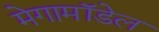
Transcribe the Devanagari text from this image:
मेगामॉडेल